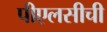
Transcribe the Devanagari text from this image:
पीएलसीची